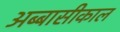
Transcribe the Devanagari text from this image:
अब्बासीकाल